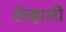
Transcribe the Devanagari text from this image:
शेव्हाली